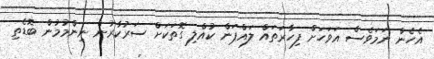
އެހެން ނަމަވެސް އަވަހަށް ފިހާރަތައް ލައްޕަން ކުއްލި ގޮތަކަށް ސަރުކާރުން ނިންމުމުން ބޮޑެތި